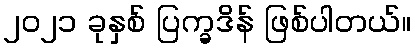
၂၀၂၁ ခုနှစ် ပြက္ခဒိန် ဖြစ်ပါတယ်။